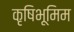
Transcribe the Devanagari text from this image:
कृषिभूमिम